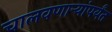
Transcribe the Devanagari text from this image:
चालवणार्‍यांपर्यंत